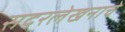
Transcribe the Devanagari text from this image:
सदरलेखनाचे